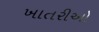
ખાતરીઓ